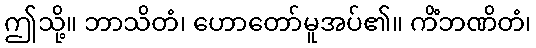
ဤသို့။ ဘာသိတံ၊ ဟောတော်မူအပ်၏။ ကိံဘဏိတံ၊